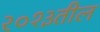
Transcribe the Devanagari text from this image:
२०१३तील